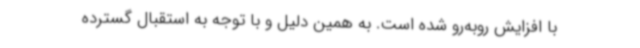
با افزایش روبه‌رو شده است. به همین دلیل و با توجه به استقبال گسترده